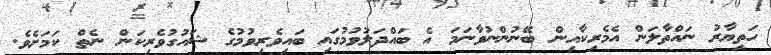
ހަތިޔާރު ނައްތާލަން އެމެރިކާއިން ބޭނުންނުވާނަމަ އެ ބައްދަލުވުމުގައި ބައިވެރިވުމުގެ ޝައުގުވެރިކަން ނެތް ކަމަށެވެ.